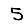
Digit: 5